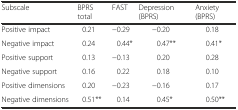
| Subscale | BPRS total | FAST | Depression (BPRS) | Anxiety (BPRS) |
 | --- | --- | --- | --- | --- |
 | Positive impact | 0.21 | −0.29 | −0.20 | 0.18 |
 | Negative impact | 0.24 | 0.44* | 0.47** | 0.41* |
 | Positive support | 0.13 | −0.13 | 0.20 | 0.28 |
 | Negative support | 0.16 | 0.22 | 0.18 | 0.10 |
 | Positive dimensions | 0.20 | −0.23 | −0.16 | 0.17 |
 | Negative dimensions | 0.51** | 0.14 | 0.45* | 0.50** |